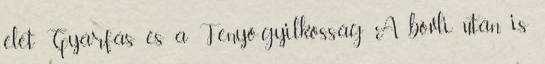
élet Gyárfás és a Fenyő-gyilkosság A bóvli után is